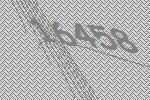
16458